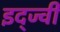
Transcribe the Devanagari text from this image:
इद्ज्वी